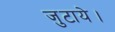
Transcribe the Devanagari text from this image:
जुटाये।